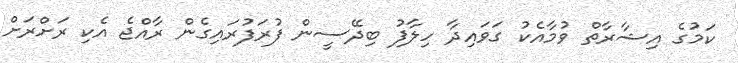
ކަމުގެ އިޝާރާތް ވުމާއެކު ގަވައިދާ ހިލާފު ބިދޭސީން ފުރަފުރައިގެން ރާއްޖެ އެކި ރަށްރަށް